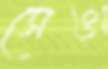
সেও